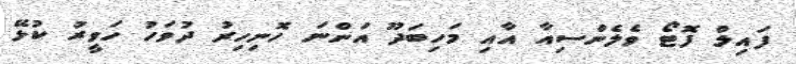
ފައިލް ފޮޓޯ ވެލެންސިއާ އާއި މަހިބަދޫ އަންނަ ހޮނިހިރު ދުވަހު ހަވީރު ކުޅޭ